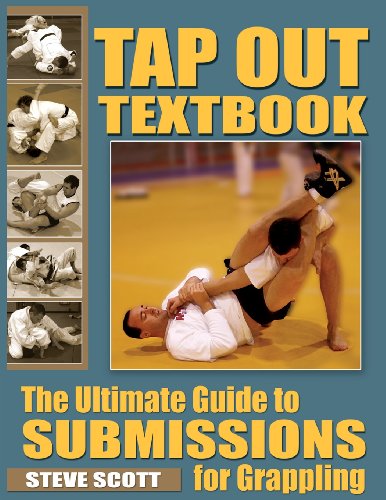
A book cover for Tap Out Textbook: The Ultimate Guide to Sumissions for Grappling; Steve Scott; Sports & Outdoors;